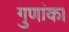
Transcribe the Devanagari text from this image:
गुणांक।